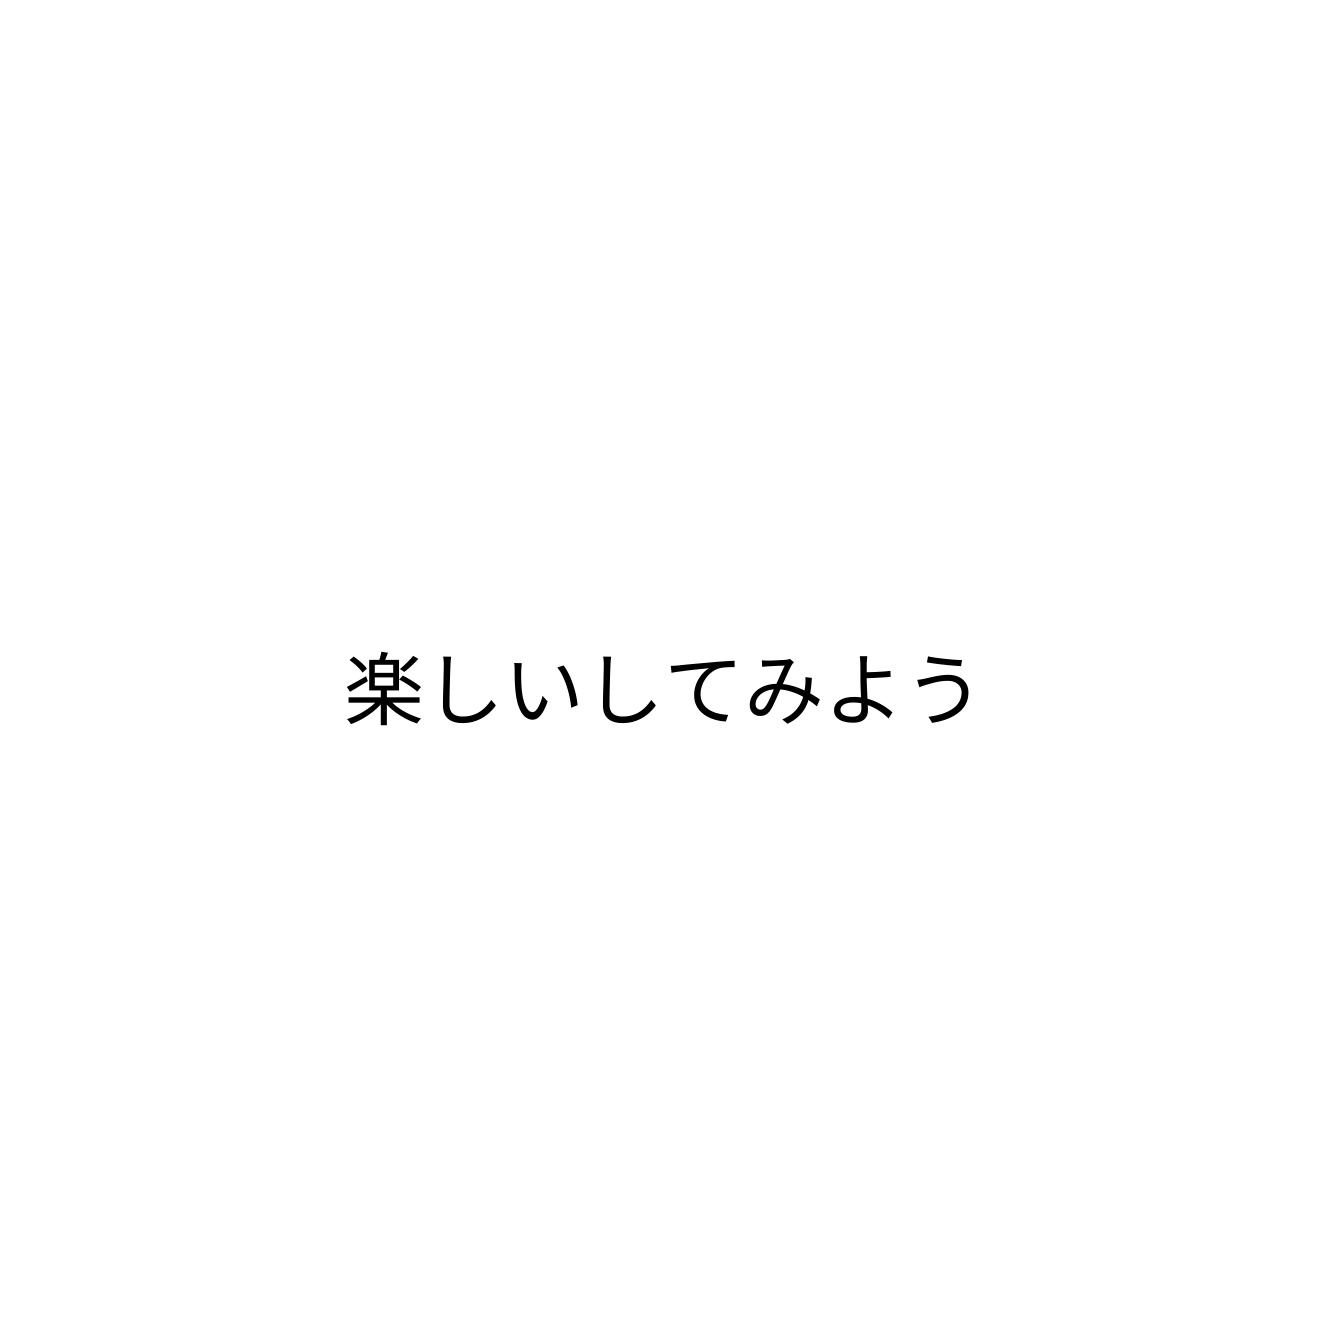
楽しいしてみよう